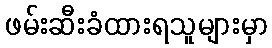
ဖမ်းဆီးခံထားရသူများမှာ